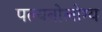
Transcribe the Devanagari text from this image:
पल्यनोलोग्य